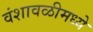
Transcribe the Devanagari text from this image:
वंशावळीमध्ये